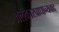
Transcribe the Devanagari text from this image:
अलंकारप्राधान्यवाद